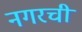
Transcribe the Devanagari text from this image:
नगरची